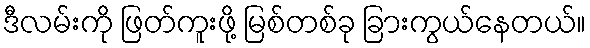
ဒီလမ်းကို ဖြတ်ကူးဖို့ မြစ်တစ်ခု ခြားကွယ်နေတယ်။